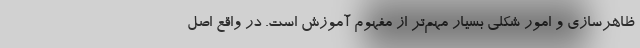
ظاهرسازی و امور شکلی بسیار مهم‌تر از مفهوم آموزش است. در واقع اصل